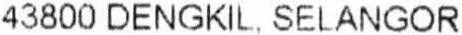
43800 DENGKIL, SELANGOR